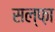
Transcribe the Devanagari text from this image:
सल्फ़ा